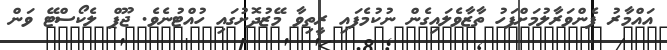
އައްމާރު ފެންވަރާލުމަށްފަހު ތާޒާވެލައިގެން ނުކުމެފައި ރީތިވާ މޭޒުދޮށުގައި ހުއްޓުނެވެ. ޖޫޕް ލެކޯސްޓޭ ވަން